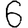
Digit: 6